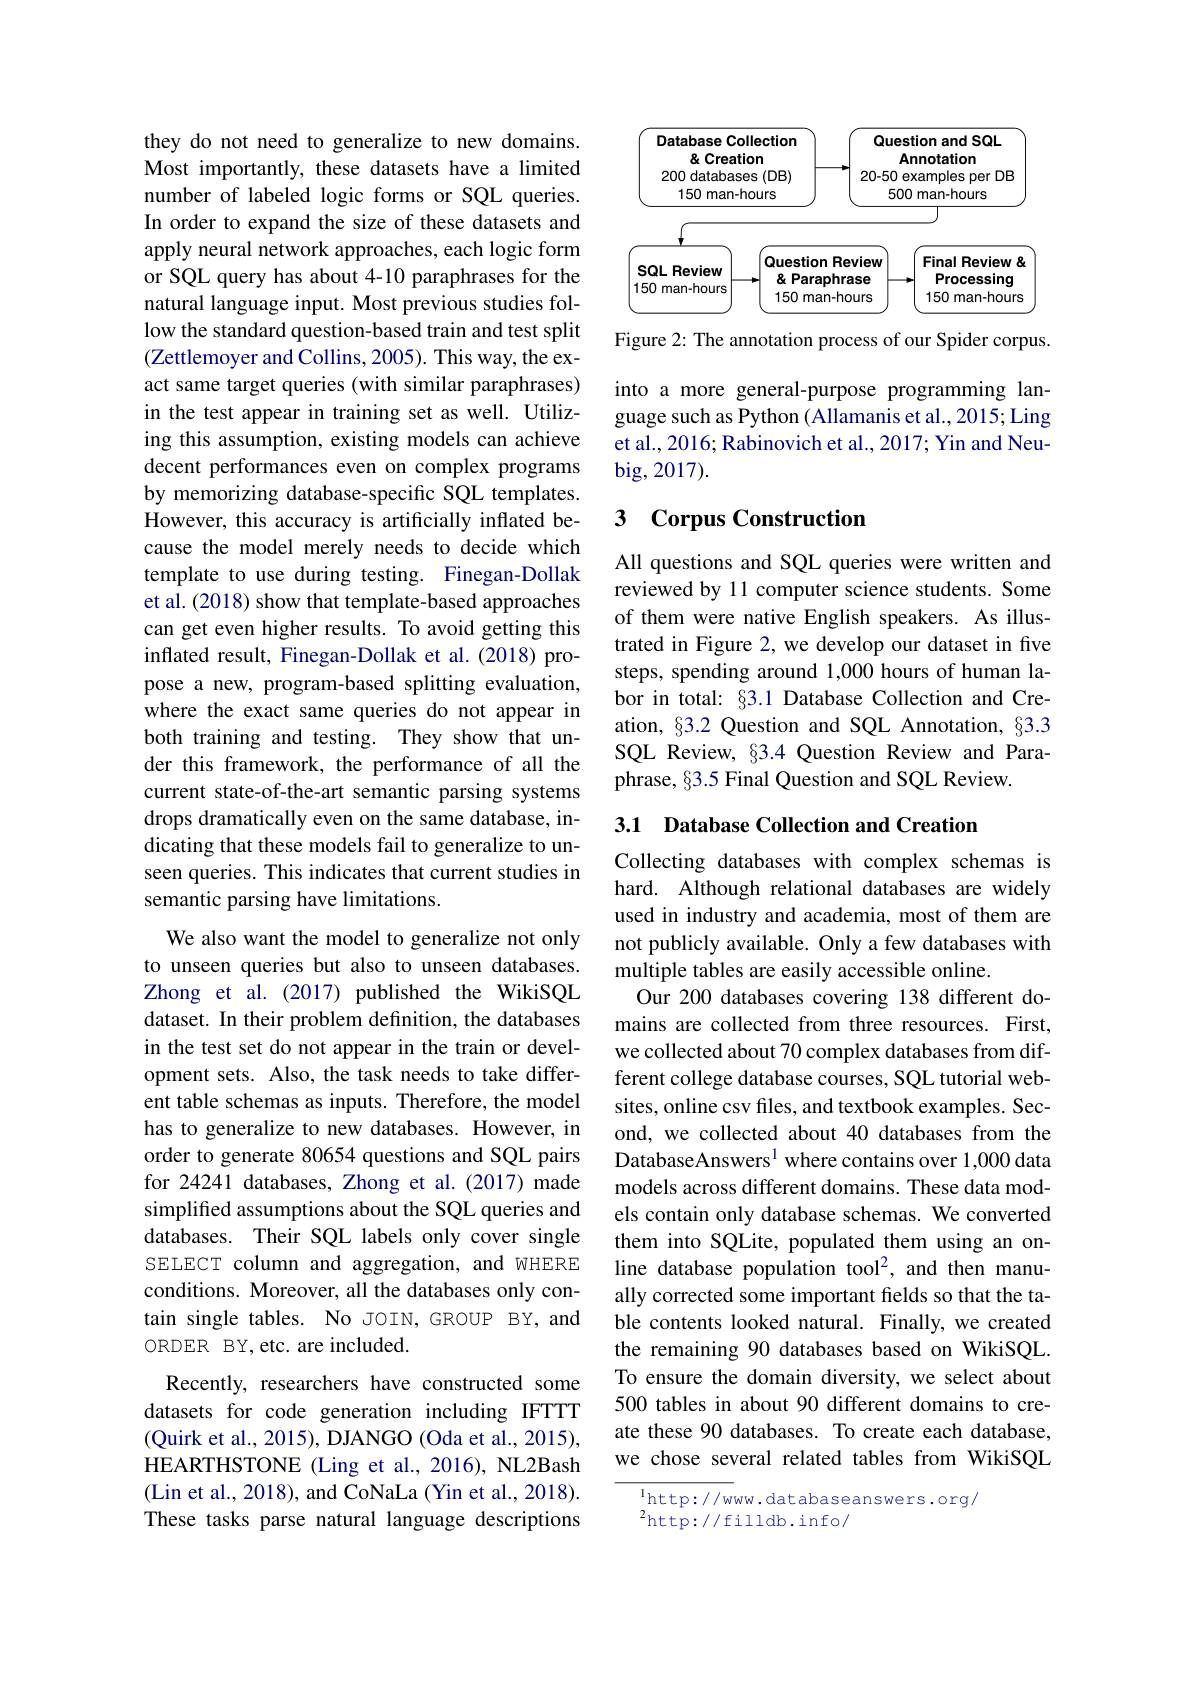
<FigureHere>
Figure 2: The annotation process of our Spider corpus.

they do not need to generalize to new domains. Most importantly, these datasets have a limited number of labeled logic forms or SQL queries. In order to expand the size of these datasets and apply neural network approaches, each logic form or SQL query has about 4-10 paraphrases for the natural language input. Most previous studies follow the standard question-based train and test split (Zettlemoyer and Collins, 2005). This way, the exact same target queries (with similar paraphrases) in the test appear in training set as well.Utilizing this assumption, existing models can achieve decent performances even on complex programs by memorizing database-specific SQL templates. However, this accuracy is artificially inflated because the model merely needs to decide which template to use during testing. Finegan-Dollak et al. (2018) show that template-based approaches can get even higher results. To avoid getting this inflated result, Finegan-Dollak et al.(2018) propose a new, program-based splitting evaluation, where the exact same queries do not appear in both training and testing. They show that under this framework, the performance of all the current state-of-the-art semantic parsing systems drops dramatically even on the same database, indicating that these models fail to generalize to unseen queries. This indicates that current studies in semantic parsing have limitations.
We also want the model to generalize not only to unseen queries but also to unseen databases. Zhong et al. (2017) published the WikiSQL dataset. In their problem definition, the databases inthe test set do not appear in the train or development sets. Also, the task needs to take different table schemas as inputs. Therefore, the model has to generalize to new databases. However, in order to generate 80654 questions and SQL pairs for 24241 databases, Zhong et al.(2017) made simplified assumptions about the SQL queries and databases. Their SQL labels only cover single SELECT column and aggregation, and WHERE conditions. Moreover, all the databases only contain single tables. No JOIN,GROUP BY, and ORDER BY,etc. are included.
Recently, researchers have constructed some datasets for code generation including IFTTT (Quirk et al., 2015), DJANGO (Oda et al., 2015), HEARTHSTONE (Ling et al., 2016), NL2Bash (Lin et al., 2018), and CoNaLa (Yin et al., 2018). These tasks parse natural language descriptions

into a more general-purpose programming language such as Python (Allamanis et al., 2015; Ling et al., 2016; Rabinovich et al., 2017; Yin and Neubig, 2017).

### 3 Corpus Construction

All questions and SQL queries were written and reviewed by 11 computer science students. Some of them were native English speakers. As illustrated in Figure 2, we develop our dataset in five steps, spending around 1,000 hours of human labor in total: §3.1 Database Collection and Creation, §3.2 Question and SQL Annotation, §3.3 SQL Review, §3.4 Question Review and Paraphrase, §3.5 Final Question and SQL Review.

### 3.1 Database Collection and Creation

Collecting databases with complex schemas is hard. Although relational databases are widely used in industry and academia, most of them are not publicly available. Only a few databases with multiple tables are easily accessible online.
Our 200 databases covering 138 different domains are collected from three resources. First, we collected about 70 complex databases from different college database courses, SQL tutorial websites, online csv files, and textbook examples. Second, we collected about 40 databases from the DatabaseAnswers$^{1}$ where contains over 1,000 data models across different domains. These data models contain only database schemas. We converted them into SQLite, populated them using an online database population tool$^2$, and then manually corrected some important fields so that the table contents looked natural. Finally, we created the remaining 90 databases based on WikiSQL. To ensure the domain diversity, we select about 500 tables in about 90 different domains to create these 90 databases. To create each database, we chose several related tables from WikiSQL

$^{\mathrm{l}}$http://www.databaseanswers.org/
$^{2}$http://filldb.info/